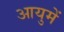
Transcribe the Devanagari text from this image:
आयुमें